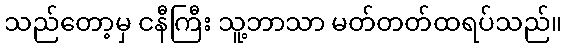
သည်တော့မှ ငနီကြီး သူ့ဘာသာ မတ်တတ်ထရပ်သည်။